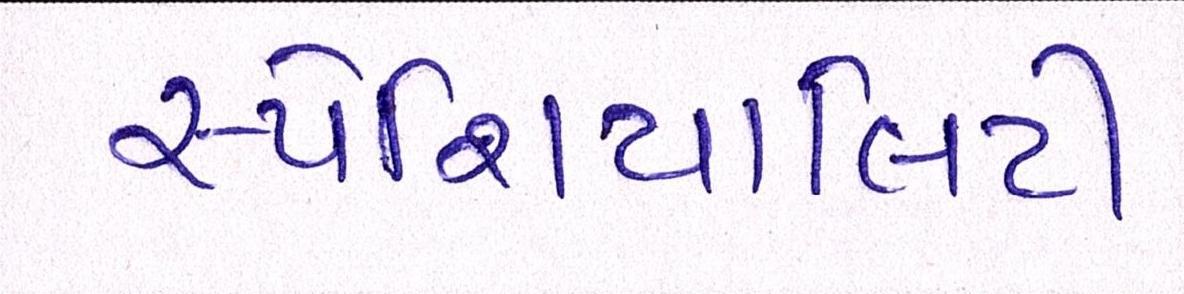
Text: સ્પેશિયાલિટી